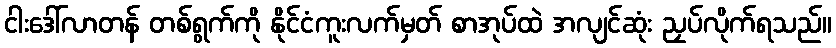
ငါးဒေါ်လာတန် တစ်ရွက်ကို နိုင်ငံကူးလက်မှတ် စာအုပ်ထဲ အလျင်ဆုံး ညှပ်လိုက်ရသည်။